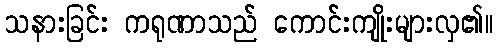
သနားခြင်း ကရုဏာသည် ကောင်းကျိုးများလှ၏။